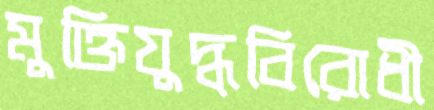
মুক্তিযুদ্ধবিরোধী